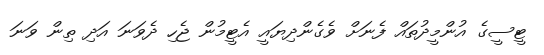
ޓީސީގެ އުންމީދުތައް ފެނަށް ވެގެންދިޔައީ އެޓީމުން ޖެހި ދެވަނަ އަދި ތިން ވަނަ